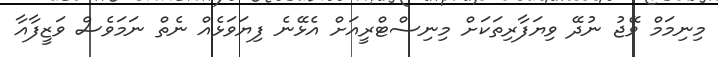
މިނިމަމް ވޭޖު ނުދޭ ވިޔަފާރިތަކަށް މިނިސްޓްރީއަށް އެޅޭނެ ފިޔަވަޅެއް ނެތް ނަމަވެސް ވަޒީފާއާ